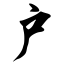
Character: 户